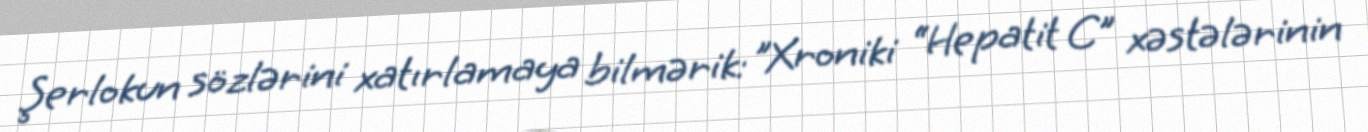
Şerlokun sözlərini xatırlamaya bilmərik: ”Xroniki “Hepatit C” xəstələrinin